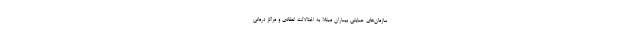
سازمان‌های حمایتی بیماران مبتلا به اختالالت انعقادی و مراکز درمانی